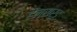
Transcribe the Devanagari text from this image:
हेन्सर्ड